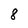
Character: 8